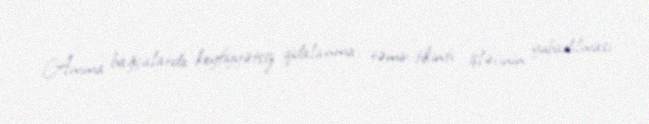
Amma bağçalarda keyfiyyətsiz qidalanma, təmir-tikinti işlərinin yubadılması